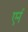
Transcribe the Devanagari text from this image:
एर्न